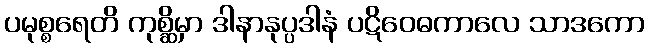
ပမုစ္စရေတိ ကုစ္ဆိမှာ ဒါနာနုပ္ပဒါနံ ပဋိဝေဓကာလေ သာဒကော